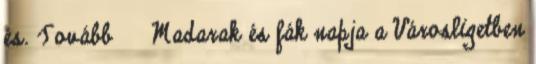
és. Tovább › ›Madarak és fák napja a Városligetben